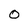
Character: O